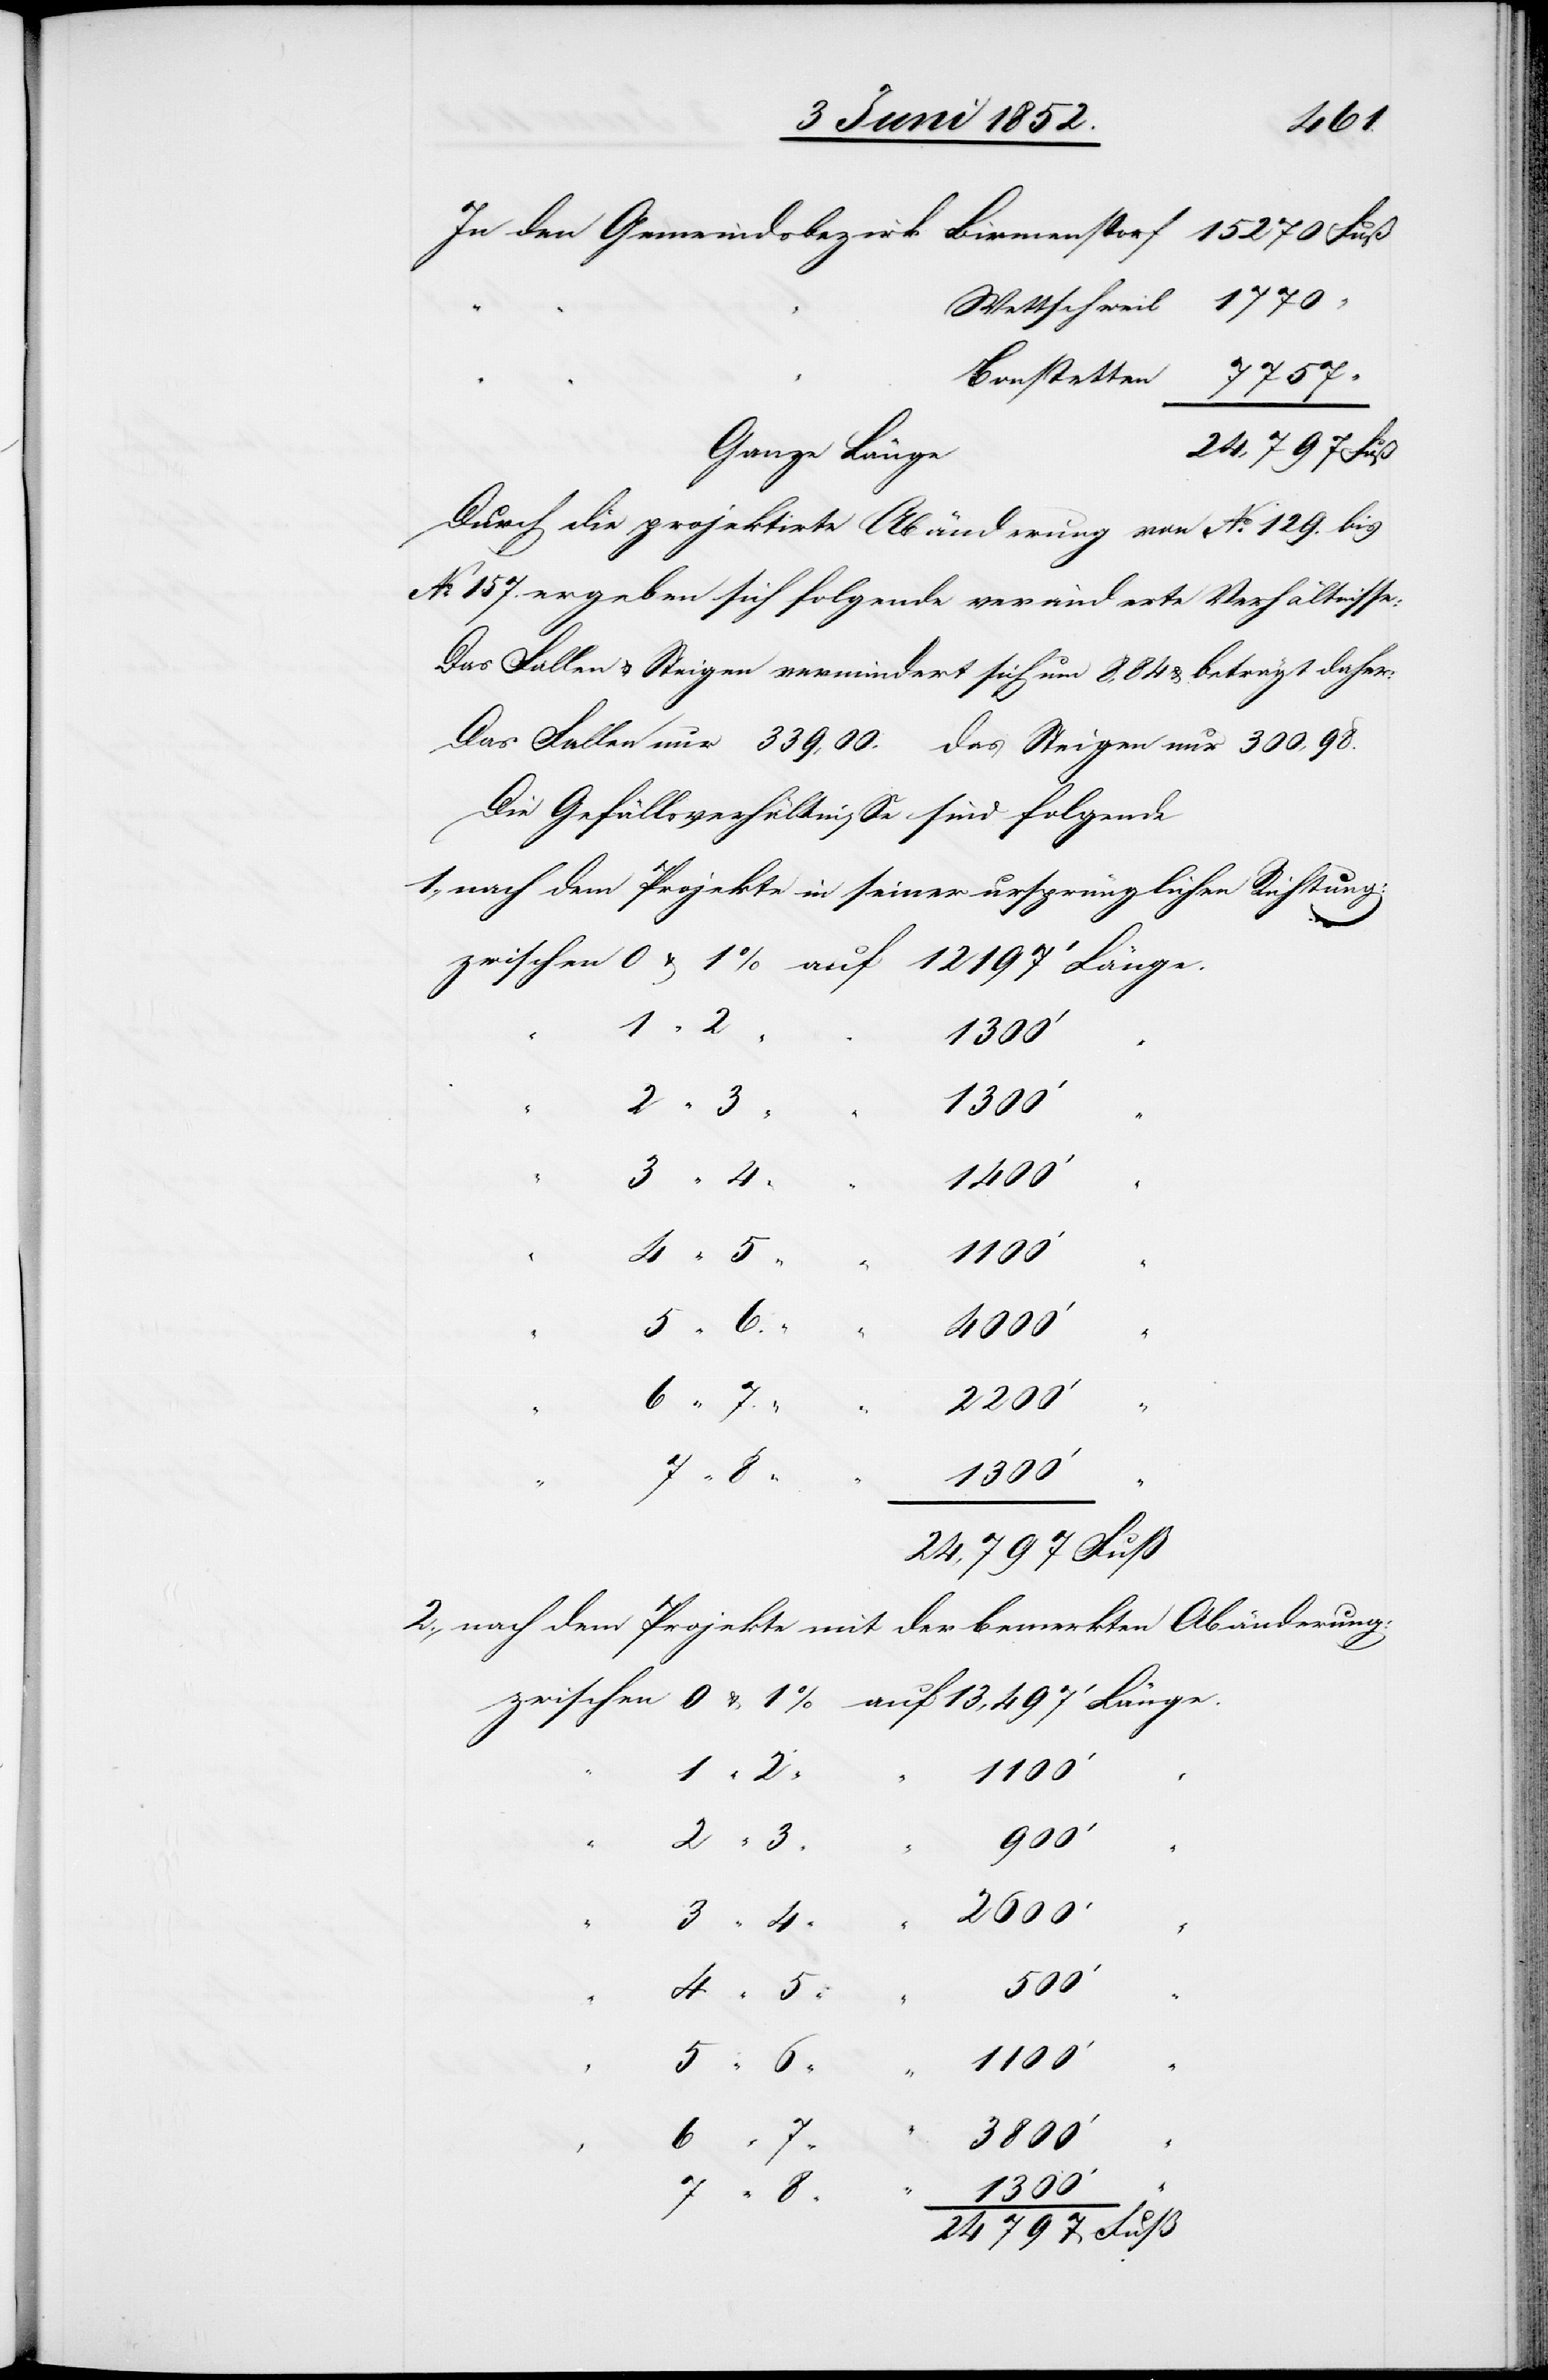
In den Gemeindsbezirk
15 270 Fuß
797
Wettschweil
Bonstetten
2.,
Ganze Länge
Durch die projektirte Abänderung von No. 129. bis
No. 157. ergeben sich folgende veränderte Verhältnisse:
Das Fallen & Steigen vermindert sich um 8,84 & beträgt daher:
Die Gefällsverhältnisse sind folgende
nach dem Projekte in seiner ursprünglichen Richtung:
24
4000‘
4 “
3800‘
“
8
1300‘
nach dem Projekte mit der bemerkten Abänderung:
1100‘
“
900‘
500‘
24,797 Fuß